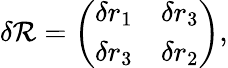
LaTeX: \delta\mathcal{R}=\left(\begin{array}{crc}{{\delta r_{1}}}&{{\delta r_{3}}}\\ {{\delta r_{3}}}&{{\delta r_{2}}}\end{array}\right),